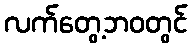
လက်တွေ့ဘဝတွင်